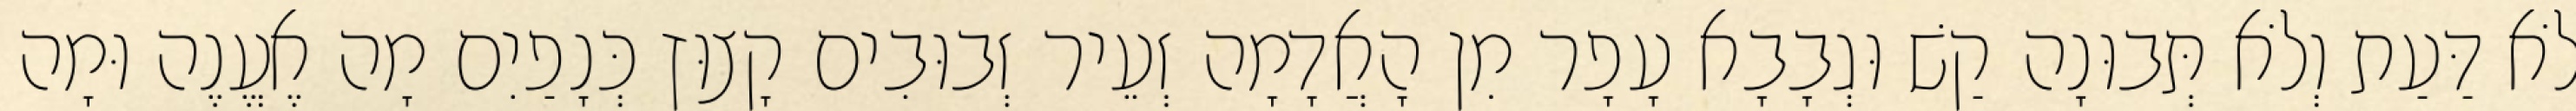
לֹא דַּעַת וְלֹא תְּבוּנָה קַשׁ וּגְבָבָא עָפָר מִן הָאֲדָמָה זְעֵיר זְבוּבִים קָצוּץ כְּנָפַיִם מָה אֶעֱנֶה וּמָה